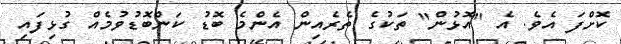
ކޮށްފަ އެވެ. އެ "އޮޅުން" ތަކުގެ ތެރެއިން އެންމެ ބޮޑު ކަންބޮޑުވުމެއް ގުޅިފައި